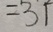
= 3 1